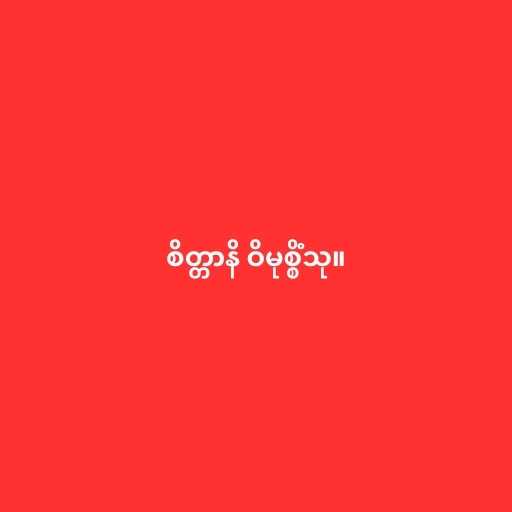
စိတ္တာနိ ဝိမုစ္စိံသု။